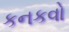
કનકવો